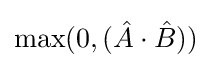
\max(0,({\hat {A}}\cdot {\hat {B}}))